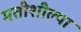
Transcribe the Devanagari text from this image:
मतीशील्था